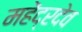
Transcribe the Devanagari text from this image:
महेंद्रदेव